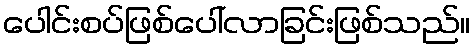
ပေါင်းစပ်ဖြစ်ပေါ်လာခြင်းဖြစ်သည်။